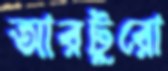
আরটুরো